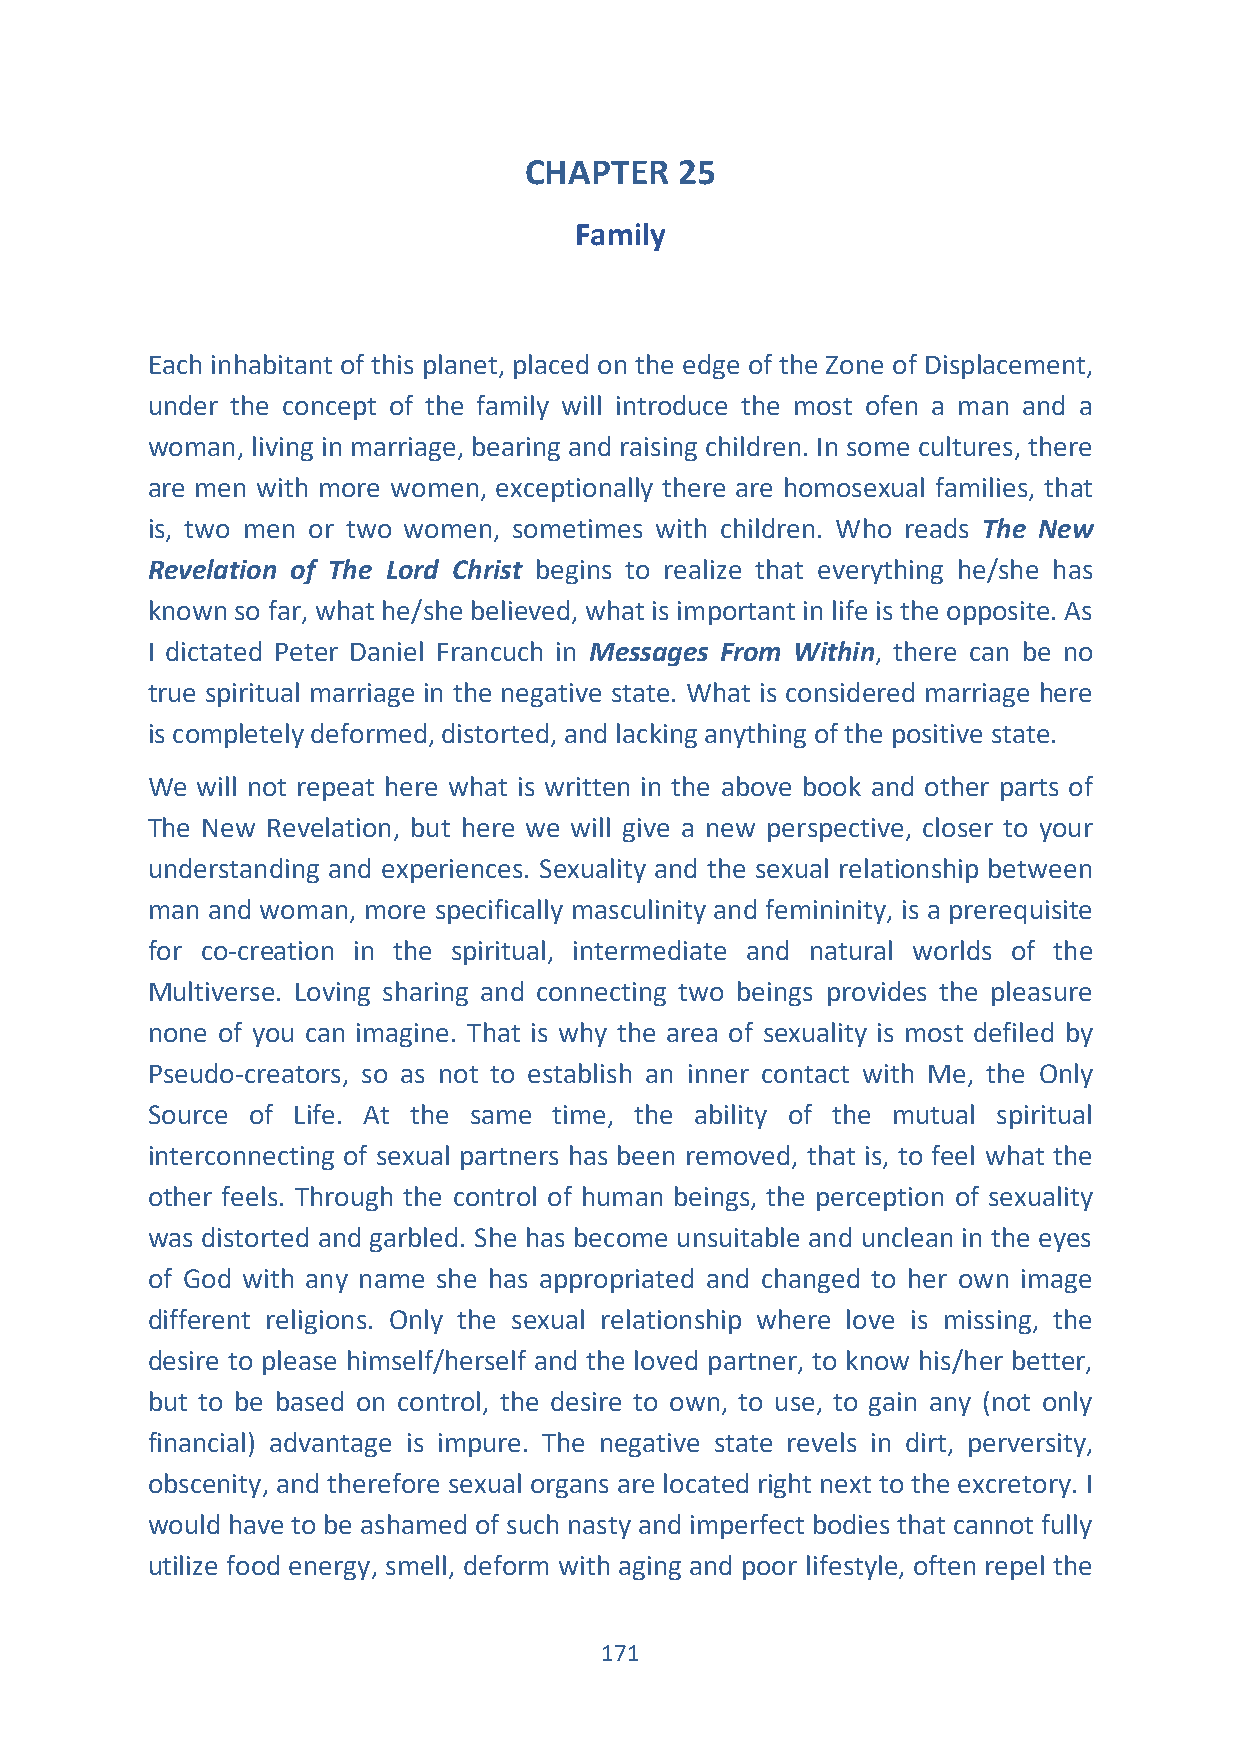
CHAPTER   25
 Family
 Each inhabitant of this planet, placed on the edge of the Zone of Displacement,
 under the concept of the family will introduce the most ofen a man and a
 woman, living in marriage, bearing and raising children. In some cultures, there
 are men with more women, exceptionally there are homosexual families, that
 is, two men or two women, sometimes with children. Who reads The New
 Revelation of The Lord Christ begins to realize that everything he/she has
 known so far, what he/she believed, what is important in life is the opposite. As
 I dictated Peter Daniel Francuch in Messages From Within, there can be no
 true spiritual marriage in the negative state. What is considered marriage here
 is completely deformed, distorted, and lacking anything of the positive state.
 We will not repeat here what is written in the above book and other parts of
 The New Revelation, but here we will give a new perspective, closer to your
 understanding and experiences. Sexuality and the sexual relationship between
 man and woman, more specifically masculinity and femininity, is a prerequisite
 for co-creation in the spiritual, intermediate and natural worlds of the
 Multiverse. Loving sharing and connecting two beings provides the pleasure
 none of you can imagine. That is why the area of sexuality is most defiled by
 Pseudo-creators, so as not to establish an inner contact with Me, the Only
 Source of Life. At the same time, the ability of the mutual spiritual
 interconnecting of sexual partners has been removed, that is, to feel what the
 other feels. Through the control of human beings, the perception of sexuality
 was distorted and garbled. She has become unsuitable and unclean in the eyes
 of God with any name she has appropriated and changed to her own image
 different religions. Only the sexual relationship where love is missing, the
 desire to please himself/herself and the loved partner, to know his/her better,
 but to be based on control, the desire to own, to use, to gain any (not only
 financial) advantage is impure. The negative state revels in dirt, perversity,
 obscenity, and therefore sexual organs are located right next to the excretory. I
 would have to be ashamed of such nasty and imperfect bodies that cannot fully
 utilize food energy, smell, deform with aging and poor lifestyle, often repel the
 171